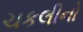
ચકલીનો